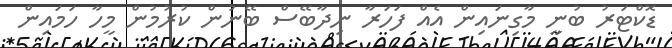
ޑޮކްޓަރު ބުނީ މާގިނައިން އެއް ފަހަރާ ނިދާބޭސް ބޭނުން ކުރުމުން މީހާ ހަމައިން